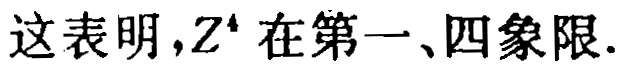
这表明，\(Z^{4}\)在第一、四象限.